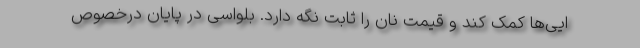
ایی‌ها کمک کند و قیمت نان را ثابت نگه دارد. بلواسی در پایان درخصوص